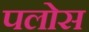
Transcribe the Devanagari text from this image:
पलोस